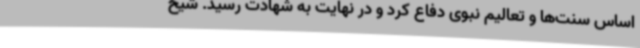
اساس سنت‌ها و تعالیم نبوی دفاع کرد و در نهایت به شهادت رسید. شیخ